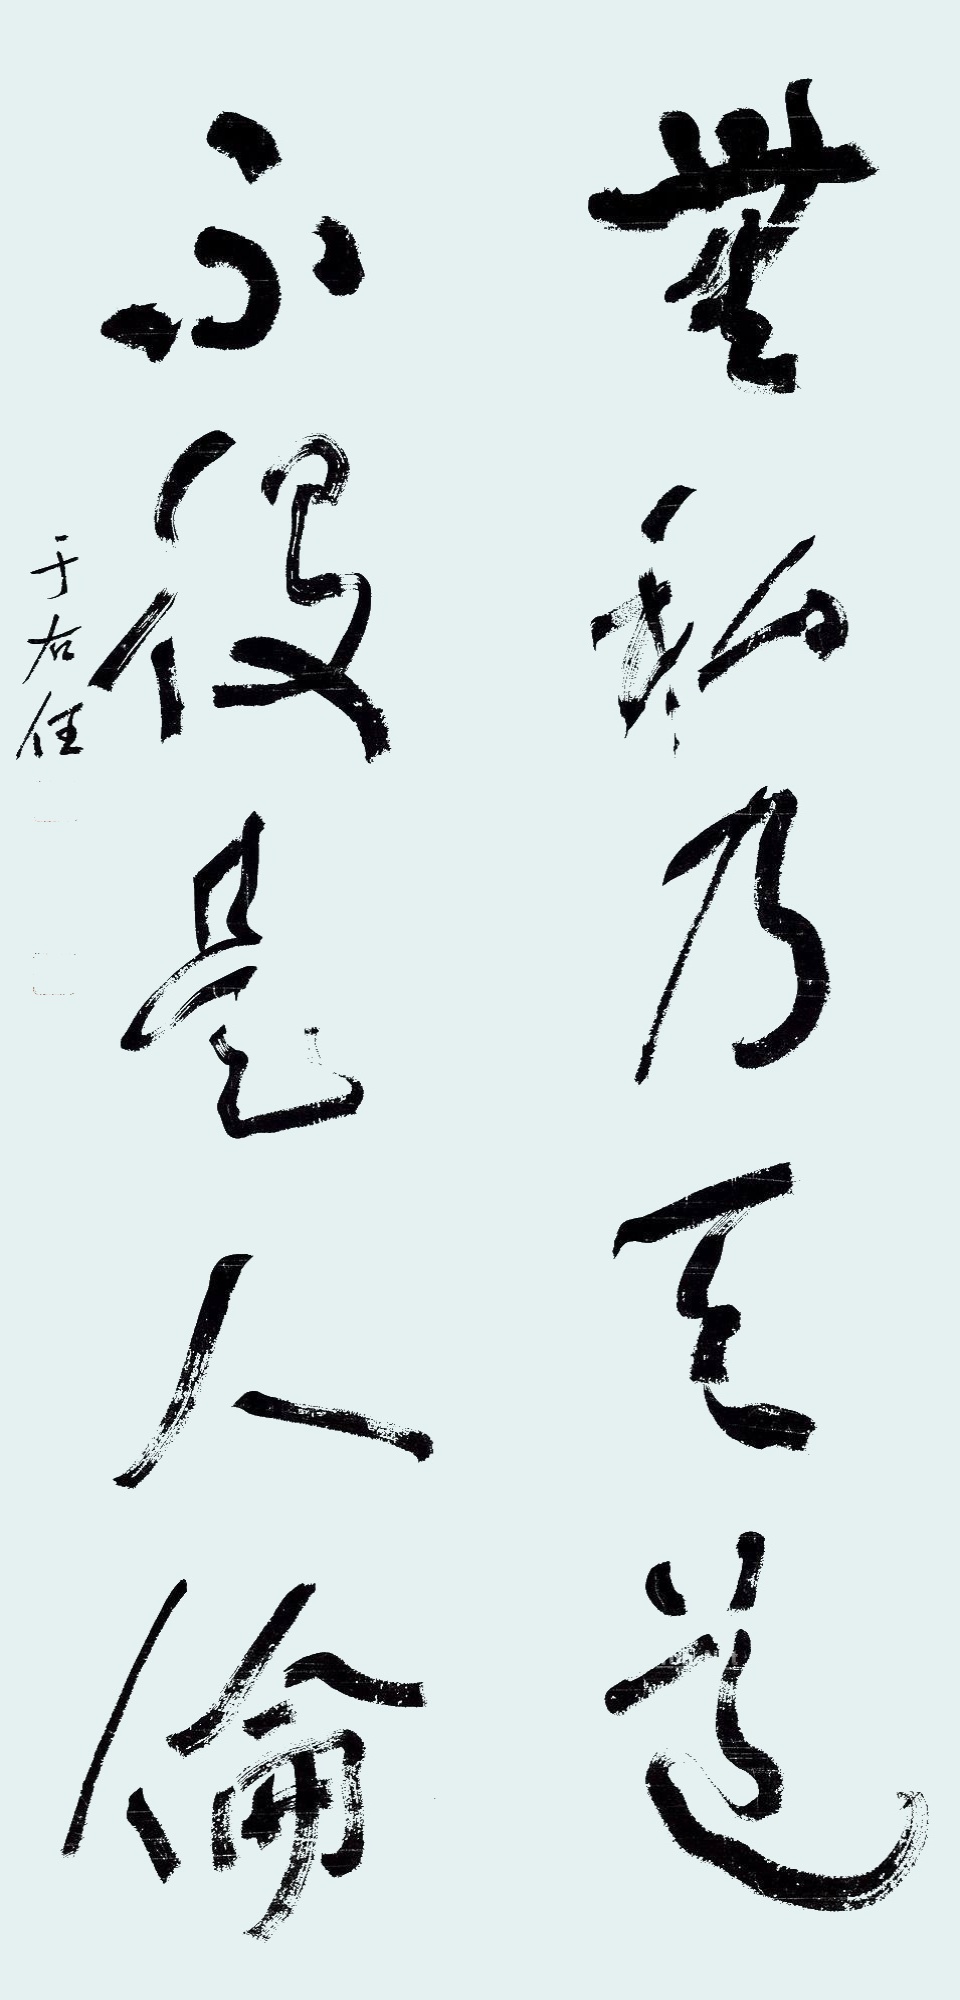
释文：无私乃天道，不役是人伦。于右任。